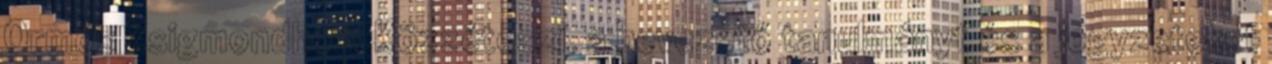
Ormós Zsigmondhoz. Közzéteszi, a bevezető tanulmányt és a jegyzeteket